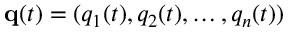
\mathbf { q } ( t ) = ( q _ { 1 } ( t ) , q _ { 2 } ( t ) , \ldots , q _ { n } ( t ) )